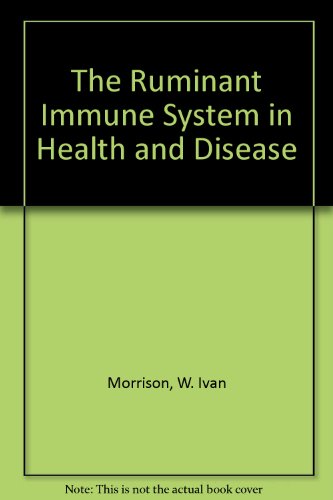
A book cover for The Ruminant Immune System in Health and Disease; W. Ivan Morrison; Medical Books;